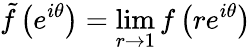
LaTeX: {\tilde{f}}\left(e^{i\theta}\right)=\operatorname*{lim}_{r\to 1}f\left(re^{i\theta}\right)